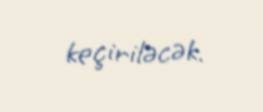
keçiriləcək.